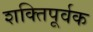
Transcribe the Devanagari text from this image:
शक्‍तिपूर्वक